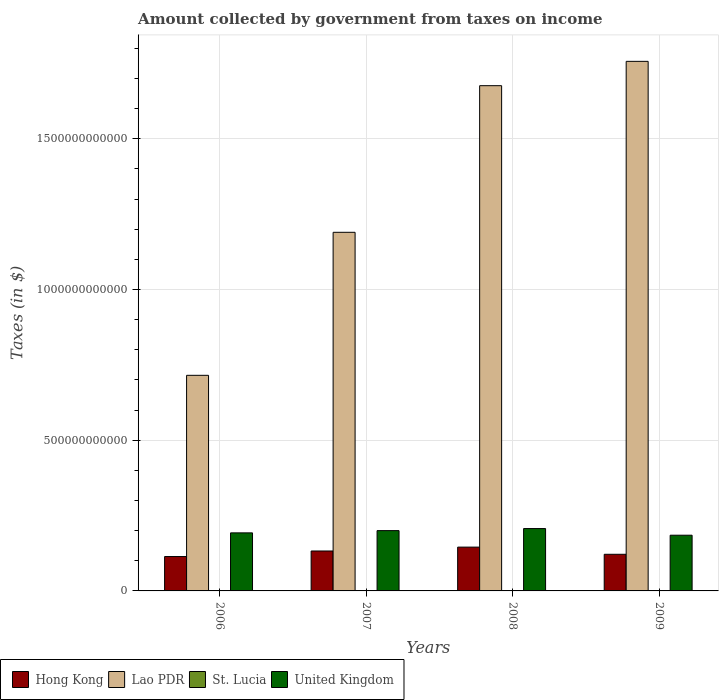
| Years | Hong Kong | Lao PDR | St. Lucia | United Kingdom |
 | --- | --- | --- | --- | --- |
 | 2006 | 1.14e+11 | 7.15e+11 | 1.48e+08 | 1.93e+11 |
 | 2007 | 1.32e+11 | 1.19e+12 | 1.77e+08 | 2e+11 |
 | 2008 | 1.45e+11 | 1.68e+12 | 2.26e+08 | 2.07e+11 |
 | 2009 | 1.22e+11 | 1.76e+12 | 2.26e+08 | 1.85e+11 |